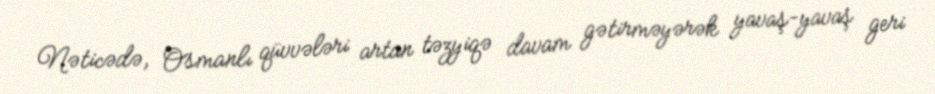
Nəticədə, Osmanlı qüvvələri artan təzyiqə davam gətirməyərək yavaş-yavaş geri